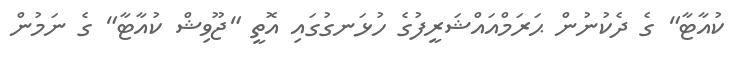
ކުއާޓާ" ގެ ދެކުނުން ޙަރަމްއައްޝަރީފުގެ ހުޅަނގުގައި އޮތީ "ޖޫވިޝް ކުއާޓާ" ގެ ނަމުން